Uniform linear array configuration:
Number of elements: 8
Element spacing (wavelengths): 0.25
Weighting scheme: cosine
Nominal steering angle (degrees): -45
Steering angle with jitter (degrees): -44.074
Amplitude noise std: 0.05
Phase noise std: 0.05

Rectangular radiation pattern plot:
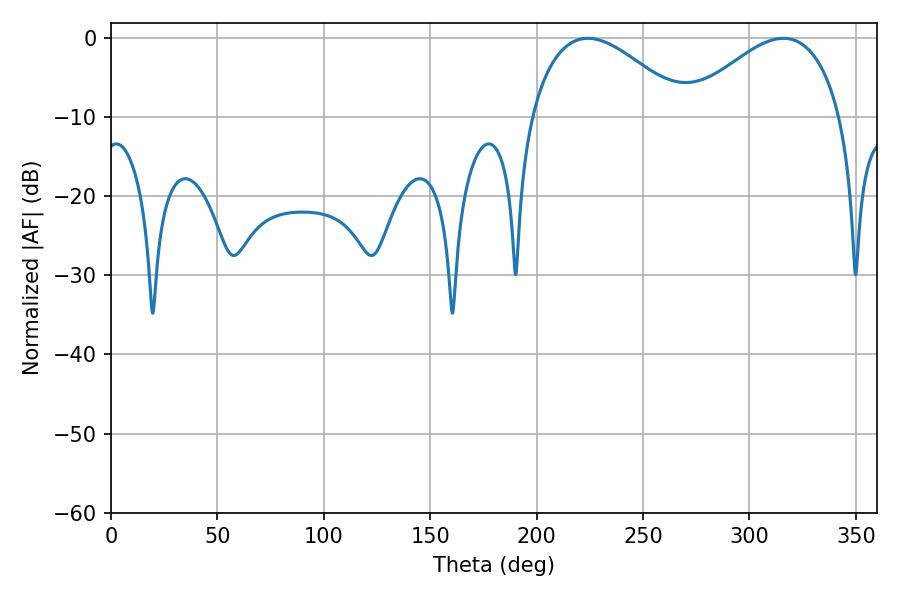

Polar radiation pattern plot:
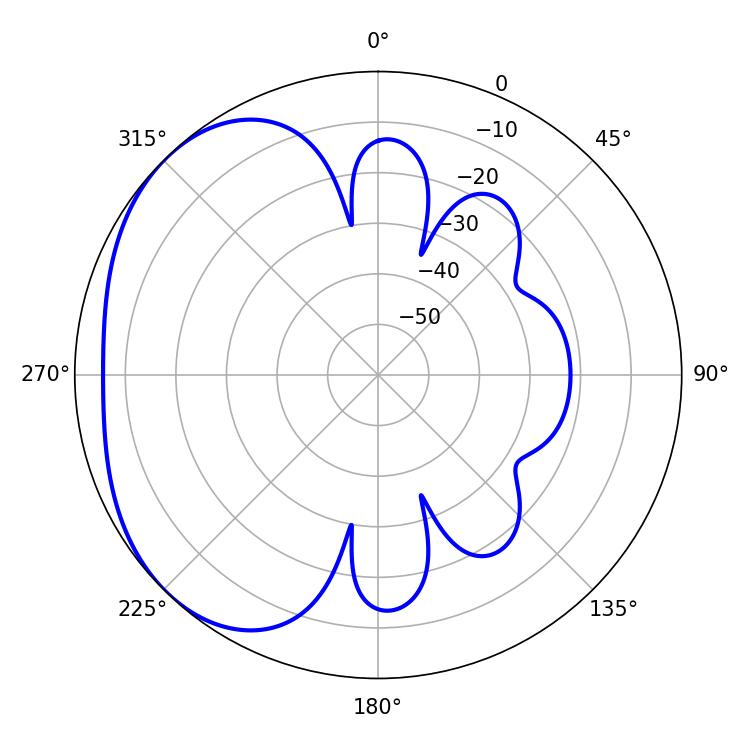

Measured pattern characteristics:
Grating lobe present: FALSE
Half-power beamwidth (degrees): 39.78
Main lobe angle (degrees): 224.1